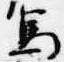
馬